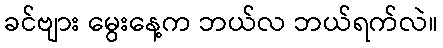
ခင်ဗျား မွေးနေ့က ဘယ်လ ဘယ်ရက်လဲ။